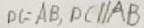
D C = A B , D C / / A B